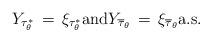
LaTeX: \begin{align*} Y_{\tau^*_{\theta}} \, = \, \xi_{\tau^*_{\theta}} {\rm and} Y_{\overline\tau_{\theta}} \, = \, \xi_{\overline\tau_{\theta}} \mbox{a.s.}\end{align*}